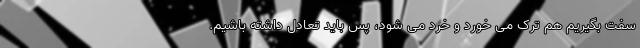
سفت بگیریم هم ترک می خورد و خرد می شود، پس باید تعادل داشته باشیم.